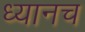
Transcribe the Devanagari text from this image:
ध्यानच